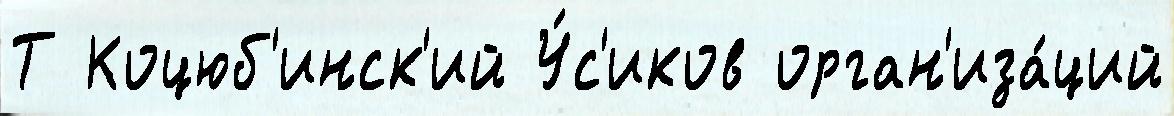
Т Коцюб'инск'ий У́с'иков орган'иза́ций